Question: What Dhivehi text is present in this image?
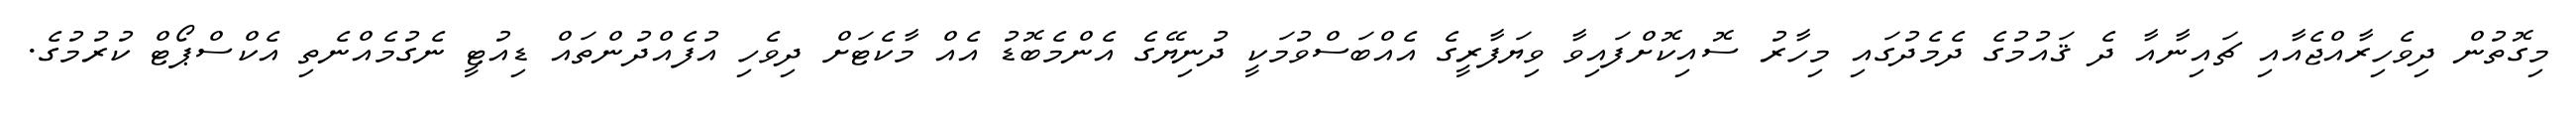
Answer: މިގޮތުން ދިވެހިރާއްޖެއާއި ޗައިނާއާ ދެ ޤައުމުގެ ދެމެދުގައި މިހާރު ސޮއިކޮށްފައިވާ ވިޔަފާރީގެ އެއްބަސްވުމަކީ ދުނިޔޭގެ އެންމެބޮޑު އެއް މާކެޓަށް ދިވެހި އުފެއްދުންތައް ޑިއުޓީ ނެގުމެއްނެތި އެކްސްޕޯޓް ކުރުމުގެ.